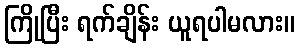
ကြိုပြီး ရက်ချိန်း ယူရပါမလား။